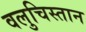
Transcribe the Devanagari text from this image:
वलुचिस्तान